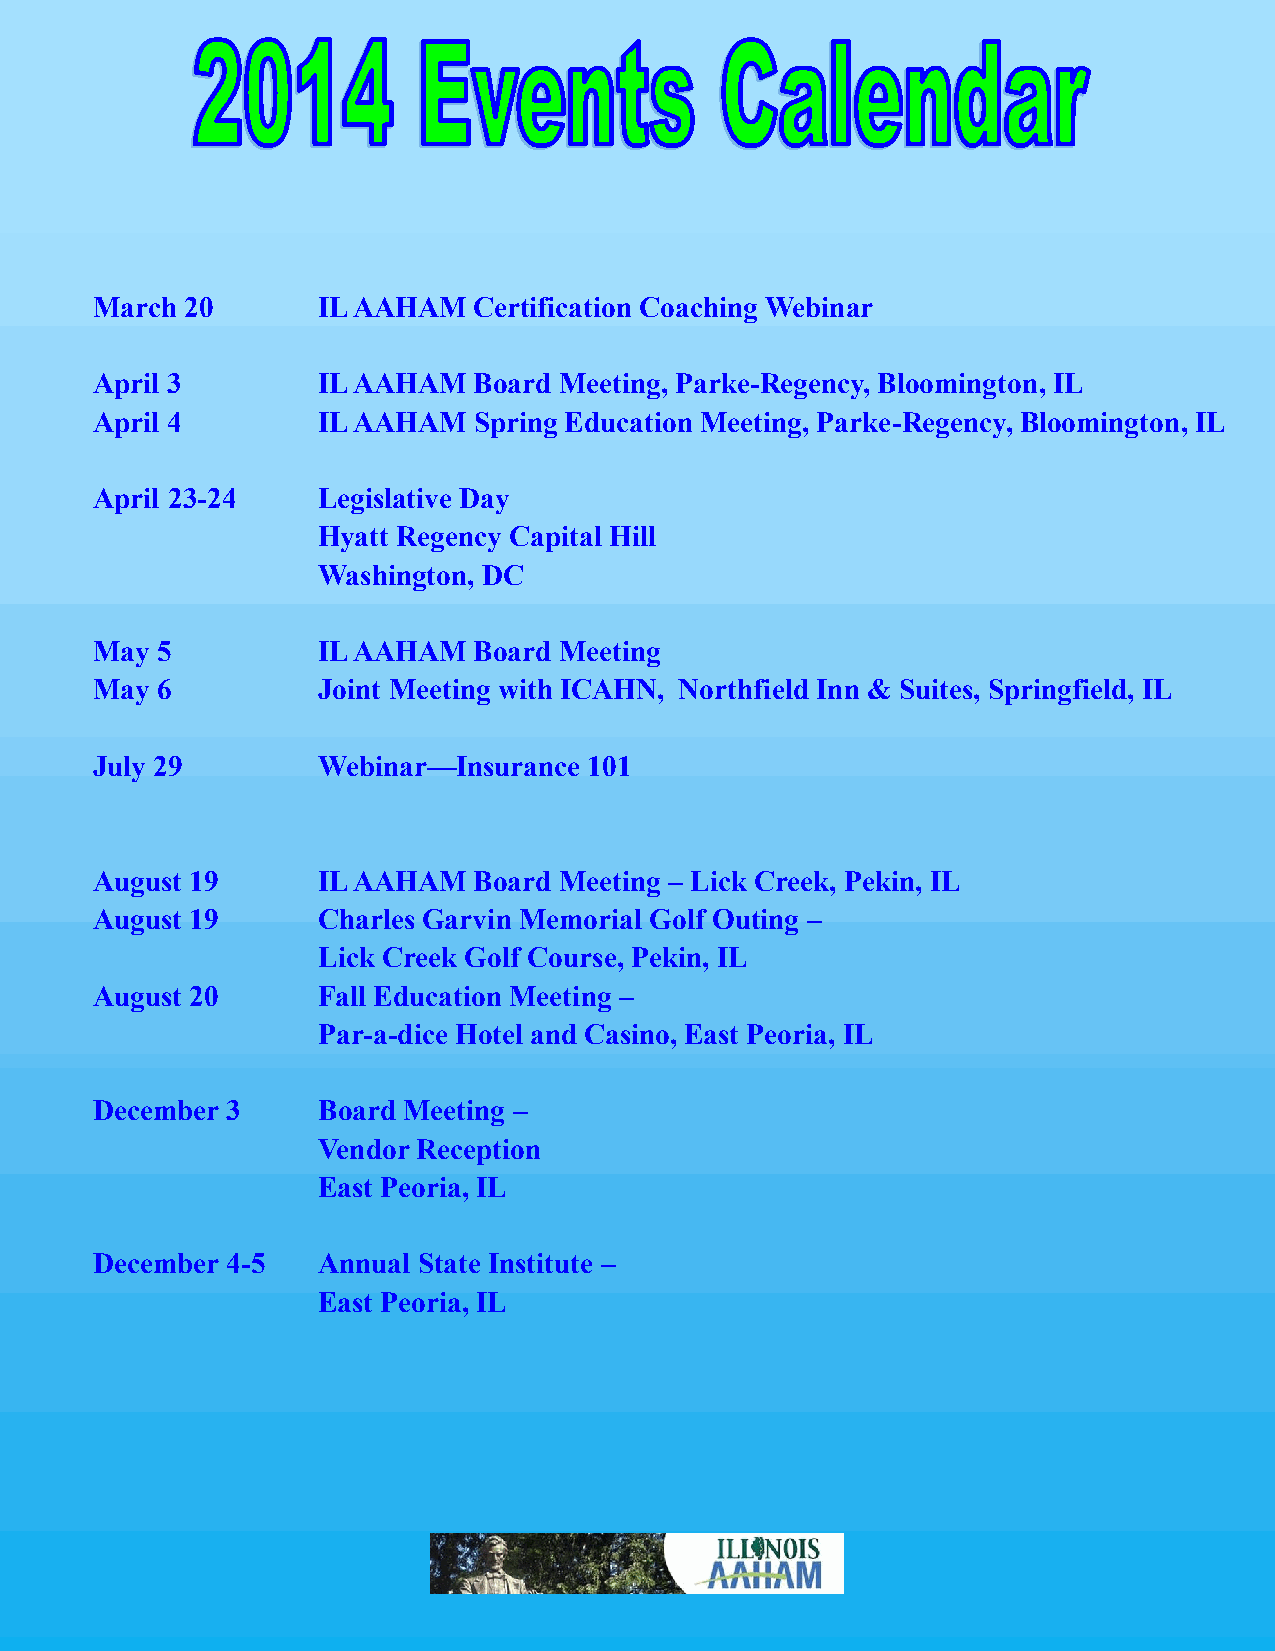
March 20       IL AAHAM  Certification Coaching Webinar
 April 3        IL AAHAM  Board Meeting, Parke-Regency, Bloomington, IL
 April 4        IL AAHAM  Spring Education Meeting, Parke-Regency, Bloomington, IL
 April 23-24    Legislative Day
 Hyatt Regency Capital Hill
 Washington, DC
 May 5          IL AAHAM  Board Meeting
 May 6          Joint Meeting with ICAHN, Northfield Inn & Suites, Springfield, IL
 July 29        Webinar—Insurance 101
 August 19      IL AAHAM  Board Meeting – Lick Creek, Pekin, IL
 August 19      Charles Garvin Memorial Golf Outing –
 Lick Creek Golf Course, Pekin, IL
 August 20      Fall Education Meeting –
 Par-a-dice Hotel and Casino, East Peoria, IL
 December 3     Board Meeting –
 Vendor Reception
 East Peoria, IL
 December 4-5   Annual State Institute –
 East Peoria, IL
 42